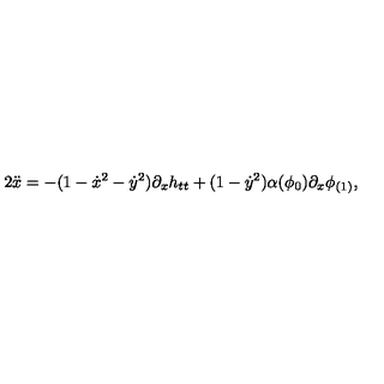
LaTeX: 2 \ddot { x } = - ( 1 - \dot { x } ^ { 2 } - \dot { y } ^ { 2 } ) \partial _ { x } h _ { t t } + ( 1 - \dot { y } ^ { 2 } ) \alpha ( \phi _ { 0 } ) \partial _ { x } \phi _ { ( 1 ) } ,